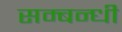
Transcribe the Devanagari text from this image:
सम्‍बन्‍धी